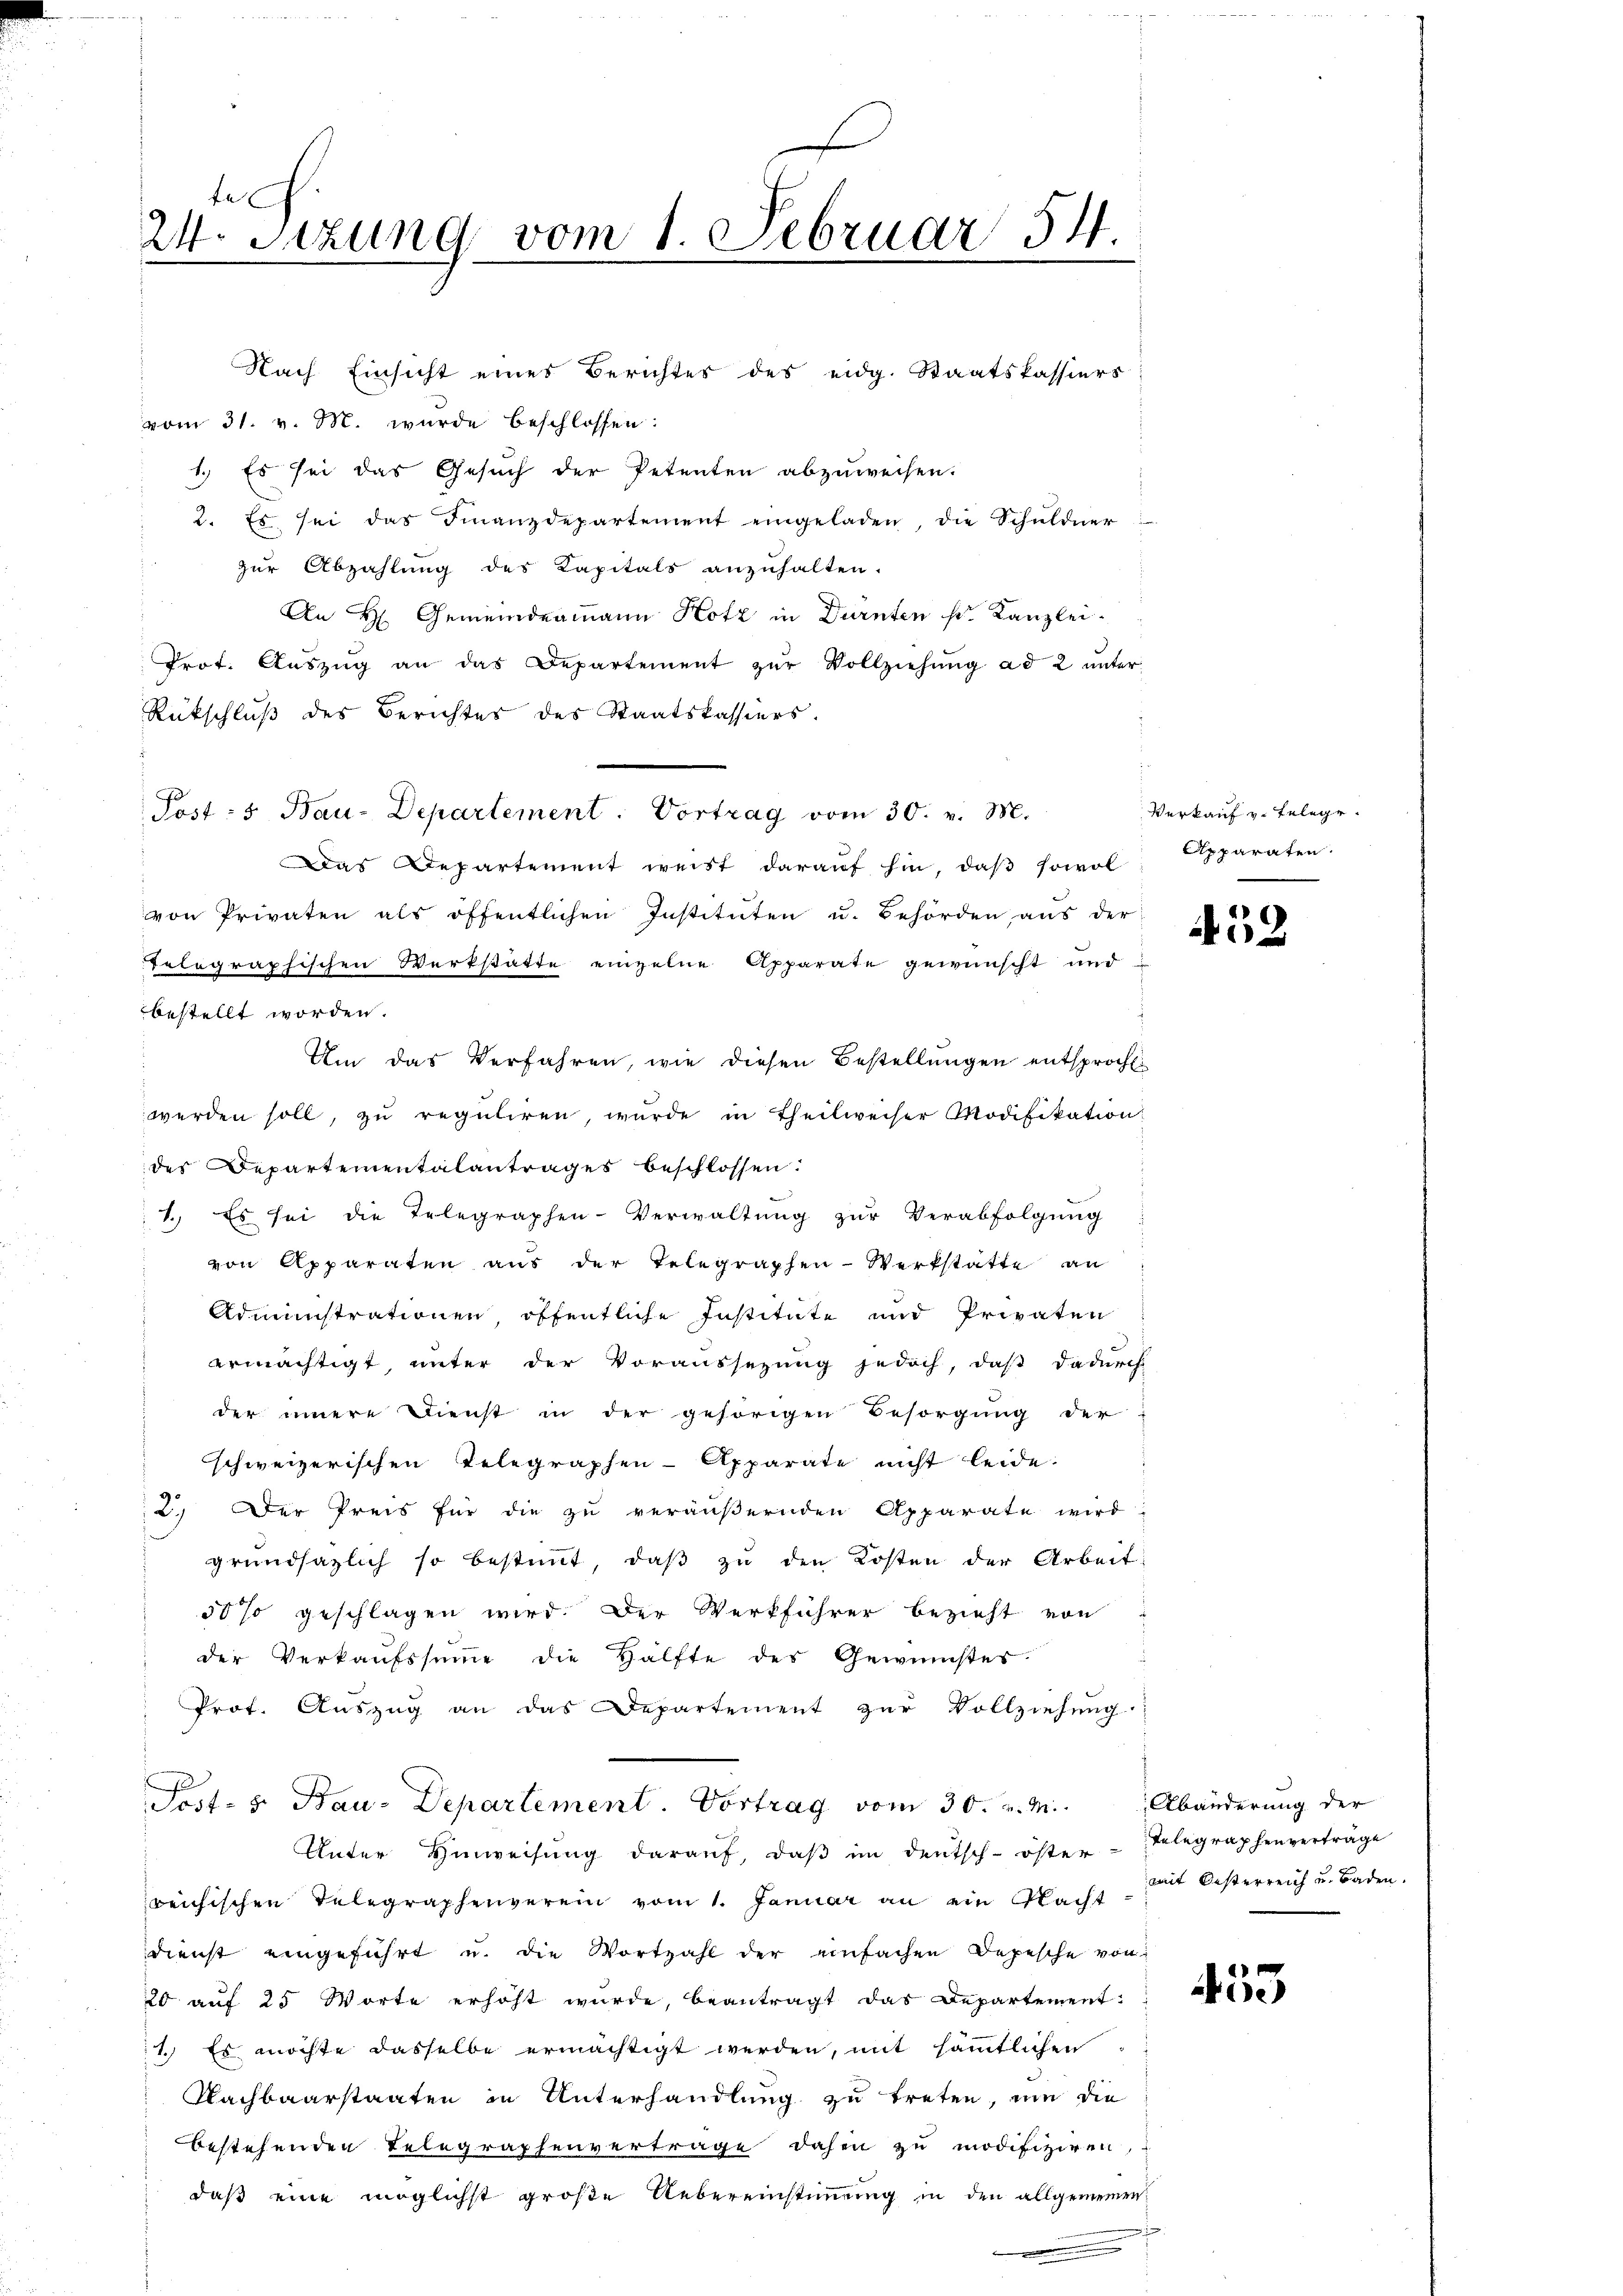
24. Sitzung vom 1. Februar 54.

Nach Einsicht eines Berichtes des eidg. Staatskassiers

Post: 5. Bau-Departement. Vortrag vom 30. v. M.

vom 31. v. M. wurde beschlossen:
1.) Es sei das Gesuch der Petenten abzuweisen.
2. Es sei das Finanzdepartement eingeladen, die Schŭldner
zŭr Abzahlŭng des Kapitals anzŭhalten.
An H: Gemeindeammann Hotz in Dürnten s. Kanzlei¬
Prot. Aŭszŭg an das Departement zŭr Vollziehŭng ad 2 ŭnter
Rückschluß des Berichtes des Staatskassiers.
Das Departement weist darauf hin, daβ sowol, Apparaten.
von Privaten als öffentlichen Institŭten u. Behörden aŭs der
telographischen Werkstätte einzelne Apparate gewünscht und
bestellt worden.
Um das Verfahren, wie diesen Bestellungen entsproche.
werden soll, zu reguliren, wurde in Theilweiser Modifikation
des Departementalantrages beschlossen:
1.) Es sei die Telegraphen-Verwaltŭng zŭr Verabfolgŭng
von Apparaten aus der Telegraphen-Werkstatte an
Administrationen, öffentliche Institute und Privaten
ermächtigt unter der Voraussezung jedoch, daß dadurch
der innere Dienst in der gehörigen Besorgŭng der
schweizerischen Telegraphen-Apparate nicht leide.
2.) Der Preis für die zŭ veräŭβernden Apparate wird:
grŭndsätzlich so bestimmt, daβ zŭ den Kosten der Arbeit:
50% geschlagen wird. Der Werkführer bezieht von
der Verkaufssumme die Hälfte des Gewinnstes.
Prof. Auszug an das Departement zur Vollziehung.
Post- u. Bau-Departement. Vortrag vom 30. v. M. Abänderung der
Unter Hinweisung darauf, daß im deutsch-öster
reichischen Telegraphenverein vom 1. Januar an ein Nacht
dienst eingeführt u. die Wortzahl der einfachen Depesche von
20 auf 25 Worte erhöht wurde, beantragt das Departement:
1.) Es möchte dasselbe ermächtigt werden, mit sämmtlichen
Nachbaarstaaten in Unterhandlung zu treten, um die
bestehenden Telegraphenvertrage dahen zu modifiziren,
daß eine möglichst große Uebereinstimmung in den allgemeinen

Verkauf v. Telege.

452

Telegraphenvertrage
mit Oesterreich u. Baden.

e